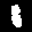
Label: 1